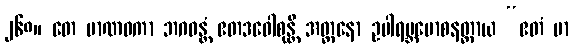
၂၆၈။ တေ မာဏဝကာ ဘဂဝန္တံ ဧတဒဝေါစုန္တိ အတ္တနော ဥပါရမ္ဘမောစနတ္ထာယ “ဧတံ မာ